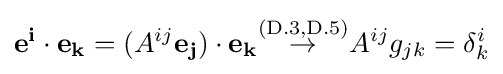
\mathbf {e^{i}} \cdot \mathbf {e_{k}} =(A^{ij}\mathbf {e_{j}} )\cdot \mathbf {e_{k}} {\stackrel {\text{(D.3,D.5)}}{\to }}A^{ij}g_{jk}=\delta _{k}^{i}